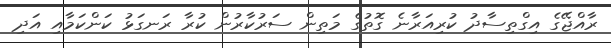
ރާއްޖޭގެ އިގްތިސާދު ކުރިއަރާނެ ގޮތުގެ މަތިން ސަރުކާރުން ކުރާ ރަނގަޅު ކަންކަމާއި އަދި